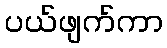
ပယ်ဖျက်ကာ